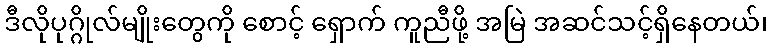
ဒီလိုပုဂ္ဂိုလ်မျိုးတွေကို စောင့် ရှောက် ကူညီဖို့ အမြဲ အဆင်သင့်ရှိနေတယ်၊